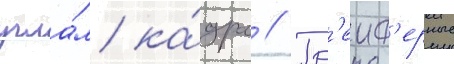
угла́м ка́дра // Гр'еиф'ерные